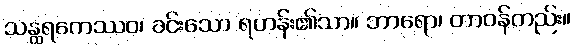
သန္ထရကေဿဝ၊ ခင်းသော ရဟန်း၏သာ။ ဘာရော၊ တာဝန်တည်း။